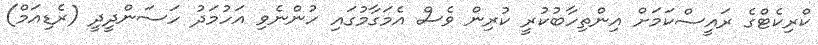
ކްރިކެޓްގެ ރައީސްކަމަށް އިންތިހާބުކުރީ ކުރިން ވެސް އެމަގާމުގައި ހުންނެވި އަހުމަދު ހަސަންދީދީ (ރެޑިއަމް)